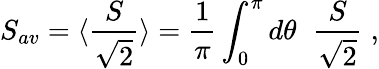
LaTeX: S_{av}=\langle\frac{S}{\sqrt{2}}\rangle=\frac{1}{\pi}\int_{0}^{\pi}d\theta\; \; \frac{S}{\sqrt{2}}\; ,